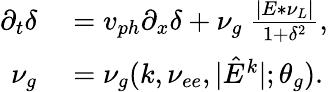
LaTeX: \begin{array}{rl}{\partial_{t}\delta}&{{}=v_{ph}\partial_{x}\delta+\nu_{g}~\frac{|E*\nu_{L}|}{1+\delta^{2}},}\\ {\nu_{g}}&{{}=\nu_{g}(k,\nu_{ee},|\hat{E}^{k}|;\theta_{g}).}\end{array}